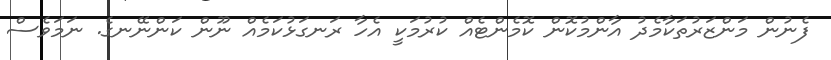
ފެނުން މަންޒަރުތަކާމެދު އާންމުކޮން ކޮމެންޓެއް ކުރުމަކީ އެހާ ރަނގަޅުކަމެއް ނޫން ކަންނޭނގެ. ނަމަވެސް